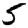
Digit: 5